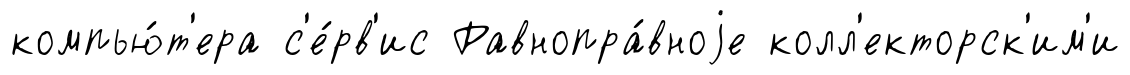
компью́т'ера с'е́рв'ис Равнопра́вноjе колл'екторск'им'и